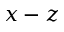
x - z